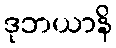
ဒုဘယာနိ